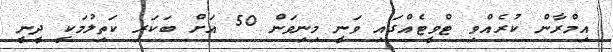
އިމްރާން ކުރެއްވި ޓްވީޓެއްގައި ވަނީ މިނިވަން 50 އަށް ބަކަރި ކަތިލުމަކީ ދީނީ